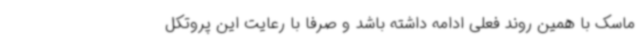
ماسک با همین روند فعلی ادامه داشته باشد و صرفا با رعایت این پروتکل